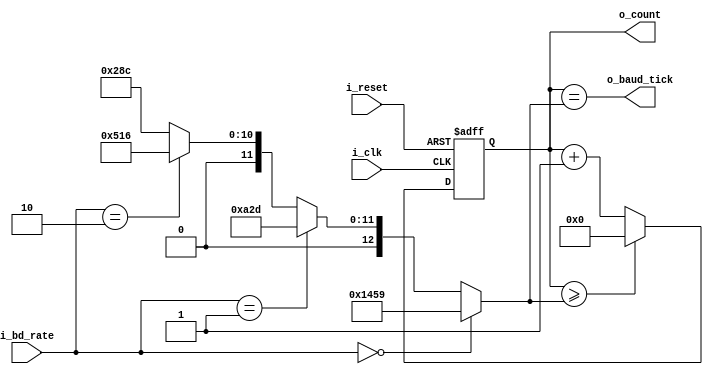
module baud_rate_generator_full(
    input i_clk, i_reset, 
    input [1:0] i_bd_rate,        //bd rate select: 00 is 1200, 01 is 2400, 10 is 4800, 11 is 9600
    output [15:0] o_count,
    output o_baud_tick
    );
        
    wire [15:0] M;
    
    reg [15:0] s_count_reg;
    
    //(100*10^6)/(Baud*16) and round up
    assign M = i_bd_rate == 2'b00 ? 16'd5209 : //1200 baud rate
               i_bd_rate == 2'b01 ? 16'd2605 : //2400 baud rate
               i_bd_rate == 2'b10 ? 16'd1302 : //4800 baud rate
                                    16'd652; //9600 baud rate
    
    always @(posedge i_clk, posedge i_reset)
        if (i_reset)
            s_count_reg <= 0;
        else
            s_count_reg <= (s_count_reg >= M) ? 0 : s_count_reg + 1; //checks if greater if baud rate changed to lower amount        
    
    assign o_count = s_count_reg;    
    assign o_baud_tick = s_count_reg == M;
    
endmodule